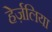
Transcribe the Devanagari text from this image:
हेर्ज़लिया